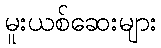
မူးယစ်ဆေးများ